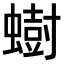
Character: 𫋚